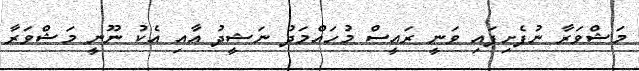
މަޝްވަރާ ނުފެށިފައި ވަނީ ރައީސް މުހައްމަދު ނަޝީދު އާއި އެކު ނޫނީ މަޝްވަރާ